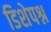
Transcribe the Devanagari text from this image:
डिशेपश्न